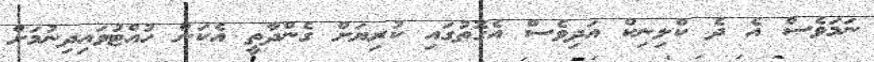
ނަމަވެސް އެ ދެ ކްލިނިކް އަދިވެސް އެގޮތުގައި ކުރިޔަށް ގެންދާތީ އެކަން ހުއްޓުވައިދިނުމަށް